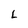
Character: L